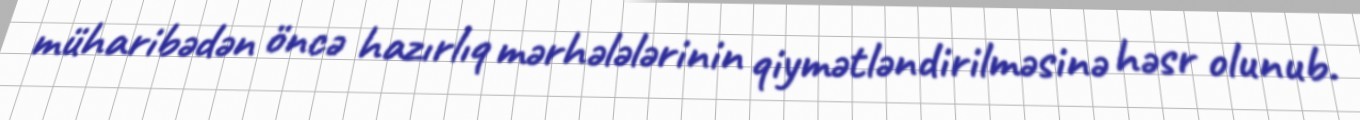
müharibədən öncə hazırlıq mərhələlərinin qiymətləndirilməsinə həsr olunub.